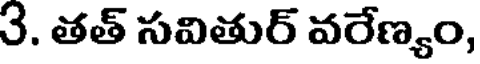
3. తత్ సవితుర్ వరేణ్యం,